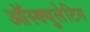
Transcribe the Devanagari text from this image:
ऑस्क्युलेटिग